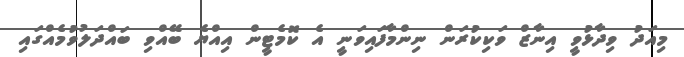
މިއަދު ވިދާޅުވީ އިނާޒް ވަކިކުރަން ނިންމާފައިވަނީ އެ ކޮމެޓީން އިއްޔެ ބޭއްވި ބައްދަލުވުމެއްގައި